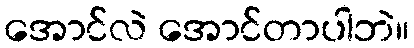
အောင်လဲ အောင်တာပါဘဲ။